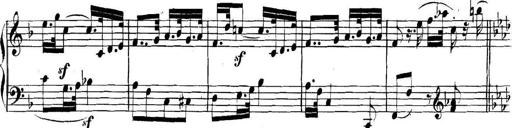
Title: Collected Piano Sonatas
Composer: Muzio Clementi